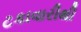
ટકાવારીથી